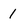
Character: 1